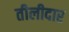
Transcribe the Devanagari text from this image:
तीलीदार